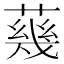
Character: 𦺬